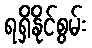
ရရှိနိုင်စွမ်း